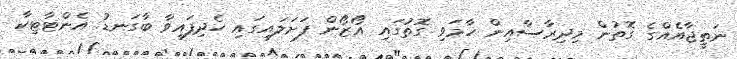
ނަތީޖާއެއްގެ ގޮތުން މިދިރާސާއިން ހާމަވި ގޮތުގައި އޯޒޯން ފަށަލައިގައި ހެދިފައިވާ ބާގަނޑު އެންޓާޓިކާ